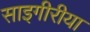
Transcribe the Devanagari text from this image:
साइगीरीया